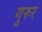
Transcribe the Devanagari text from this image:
गुरुर